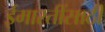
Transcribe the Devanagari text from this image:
ईमारतींसाठी